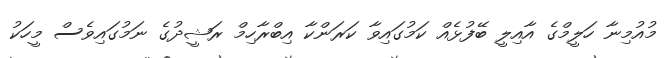
މުއުމިނާ ހަލީމްގެ އާއިލީ ބޭފުޅެއް ކަމުގައިވާ ކަރަންކާ އިބްރާހިމް ރަޝީދުގެ ނަމުގައިވެސް މީހަކު